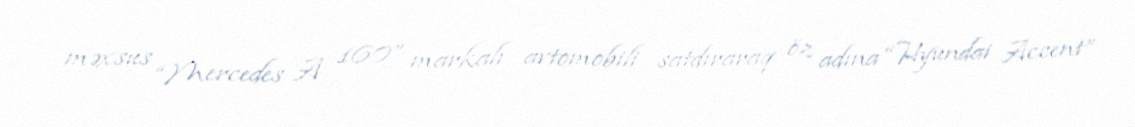
məxsus “Mercedes A 160” markalı avtomobili satdıraraq öz adına “Hyundai Accent”